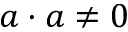
a \cdot a \neq 0